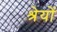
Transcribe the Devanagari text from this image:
श्रेयों